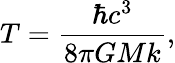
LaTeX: T={\frac{\hbar c^{3}}{8\pi GMk}},